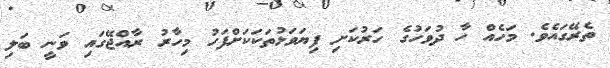
ތެރޭގައެވެެ. މަހެއް ހާ ދުވަހުގެ ހަރުކަށި ފިޔަވަޅުތަކަކަށްފަހު މިހާރު ރާއްޖޭގައި ވަނީ ބަލި